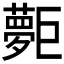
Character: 𡗐